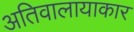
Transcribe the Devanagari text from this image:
अतिवालायाकार